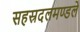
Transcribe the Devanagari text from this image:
सहस्रदलमण्डले